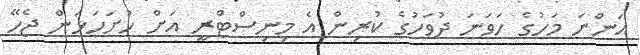
އަންނަ މަހުގެ ހަވަނަ ދުވަހުގެ ކުރިން އެ މިނިސްޓްރީ އަށް ހުށަހަޅަން ޖެހޭ